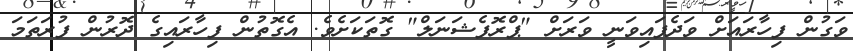
ވަގުން ފިހާރައަށް ވަދެފައިވަނީ ވަރަށް "ޕްރޮފެޝަނަލް" ގޮތަކަށެވެ. އެގޮތުން ފިހާރައިގެ ދޮރުން ފުރަތަމަ